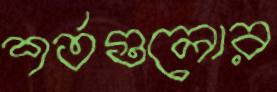
শর্তগুলোর